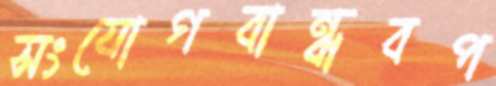
সংযোগবান্ধবপ